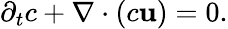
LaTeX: \partial_{t}c+\nabla\cdot(c\mathbf{u})=0.